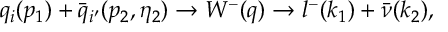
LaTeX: q _ { i } ( p _ { 1 } ) + { \bar { q } } _ { i ^ { \prime } } ( p _ { 2 } , \eta _ { 2 } ) \rightarrow W ^ { - } ( q ) \rightarrow l ^ { - } ( k _ { 1 } ) + { \bar { \nu } } ( k _ { 2 } ) ,